Memorandum on the prevention of leprosy by segregation of the affected
Disease focus: Leprosy
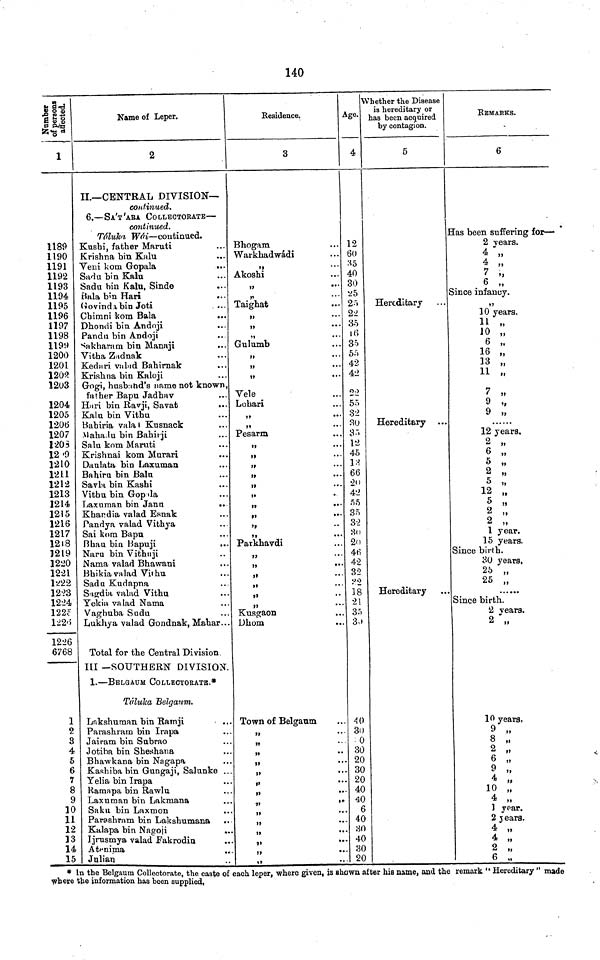
140
Number
of persons
affected.
1
1189
1190
1191
1192
1193
1194
1195
1196
1197
1198
1199
1200
1201
120«
1203
1204
1205
1206
1207
1208
1209
1210
1211
1212
1213
1214
1215
1216
1217
1218
1219
1220
1221
1222
1223
1224
122c
1225
1226
6768
1
2
3
4
5
6
7
8
9
10
11
12
13
14
15
Name of Leper.
2
II.—CENTRAL DIVISION—
continued.
6.—SA'T'ARA COLLECTORATE—
continued.
Taluka Wâi—continued.
Kushi father Maruti
Krishna bin Kalu
Veni kom Gopala
Sadu bin Kalu
Sadu bin Kalu, Sind©
Bala bin Hari
...
Govinda bin Joti
. ...
Chimni kom Bala
Dhondi bin Andoji
Pandu bin Andoji
Sakharam bin Manaji
Vitha Zadnak
Kedari valad Bahirnak
Krishna bin Kaloji
Gogi, husband's name not known,
father Bapu Jadhav
Hari bin Ravji, Savat
Kalu bin Vithu
Bahiria valad Kusnack
Mahadu bin Bahirji
Salu kom Maruti
Krishnai kom Murari
Daulata bin Laxuman
Bahiru bin Balu
Savla bin Kashi
Vithu bin Gopala
Laxuman bin Jann
..
Khardia valad Esnak
Pandya valad Vithya
Sai kom Bapu
Bhau bin Bapuji
...
Naru bin Vithuji
Nama valad Bhawani
Bhikia valad Vithu
Sadu Kudapna
Sagdia valad Vithu
Yekia valad Nama
Vaghuba Sudu
Lukhya valad Gondnak, Mahar...
Total for the Central Division
III —SOUTHERN DIVISION.
1.—BELGAUM COLLECTORATE.*
Taluka Belgaum.
Lakshuman bin Rarnji
Parashram bin Irapa
Jairam bin Subrao
Jotiba bin Sheshana
Bhawkana bin Nagapa
Kashiba bin Gungaji, Salunke ..
Yelia bin Irapa
Ramapa bin Rawlu
Laxuman bin Lakmana
Saku bin Laxmon
Parashram bin Lakshumana
Kalapa bin Nagoji
Ijrusmya valad Fakrodin
Atenima
Julian
Residence.
3
Bhogam
Warkhadwádi
,,
Akoshi
,,
...
,,
...
Taighat
,,
»»
•••
Gulumb
>»
•••
»
•••
»»
•••
Vele
Lobari
,,
••
,,
...
Pesarm
,,
...
,,
•••
,,
•••
»»
•••
»»
•
,,
•••
t»
•••
'»
,,
•••
Parkhavdi
,,
••
,,
••
,,
• •
»»
••
,,
Kusgaon
Dhom
Town of Belgaum
,,
,,
,,
,,
,,
,,'
,,
,,
7»
,,
JJ
* *
,,
,,
,,
,,
Age.
4
12
60
35
40
30
25
25
22
35
16
35
55
42
42
22
55
32
30
35
12
45
13
66
Ott
42
55
35
32
30
20
46
42
32
18
21
35
30
40
30
0
30
20
30
20
40
40
6
40
HO
40
30
20
Whether the Disease
is hereditary or
has been acquired
by contagion.
5
Hereditary
Hereditary
Hereditary
REMARKS.
6
Has been suffering for—•
2 years.
4 ,,
4 „
7 ,,
6
"
Since infancy.
10 years.
11 ,,
10 „
6 „
16 ,,
13 „
11 „
7 „
9 „
12 years.
2 „
6 „
5 „
2 „
5 ,,
12 „
5 „
2 „
2 „
1 year.
15 years.
Since birth.
30 years.
25 „
25 „
Since birth.
2 years.
2 „
10 years.
9 „
8 „
2 „
6 „
9 ,,
4 „
10 „
4 „
] year.
2 years.
4 „
4 „
2 „
6 „
* In the Belgaum Collectorate, the caste of each leper, where given, is shown after his name, and the remark " Hereditary " made
where the information has been supplied,